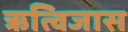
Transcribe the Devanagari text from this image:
ऋत्विजास